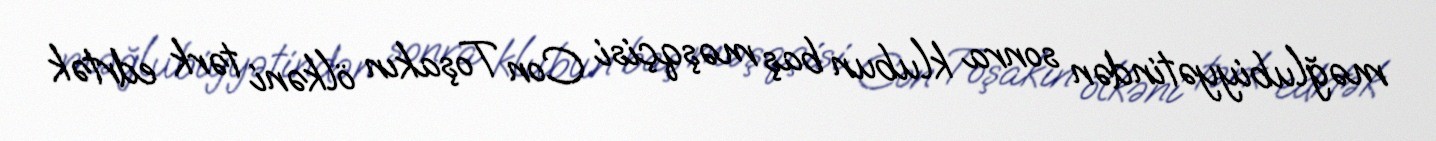
məğlubiyyətindən sonra klubun baş məşqçisi Con Toşakın ölkəni tərk edrtək